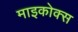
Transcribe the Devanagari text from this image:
माइकोक्स